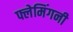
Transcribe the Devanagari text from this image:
फ्लेमिंगनी